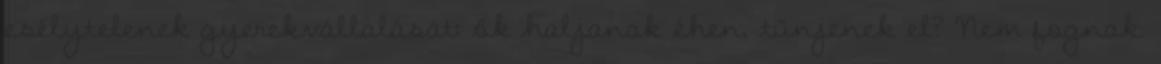
esélytelenek gyerekvállalását: ők haljanak éhen, tűnjenek el? Nem fognak.